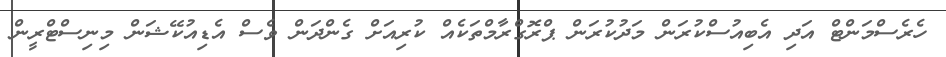
ހެރެސްމަންޓް އަދި އެބިއުސްކުރަން މަދުކުރަން ޕްރޮގްރާމްތަކެއް ކުރިއަށް ގެންދަން ވެސް އެޑިއުކޭޝަން މިނިސްޓްރީން